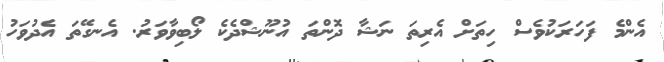
އެންމެ ފަހަރަކުވެސް ހިތަށް އެރިތަ ނަޝާ ދޮންތަ އުނޫޝްދެކެ ލޯބިވާވަރު. އެނގޭތަ އެދުވަހު